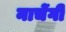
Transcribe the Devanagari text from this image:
नाचेंगी